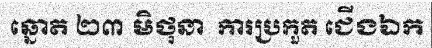
ឆ្នោត ២៣ មិថុនា  ការប្រកួត ជើងឯក